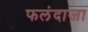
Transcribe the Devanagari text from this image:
फलंदाजा